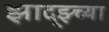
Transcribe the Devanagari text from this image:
झाद्झ्च्या